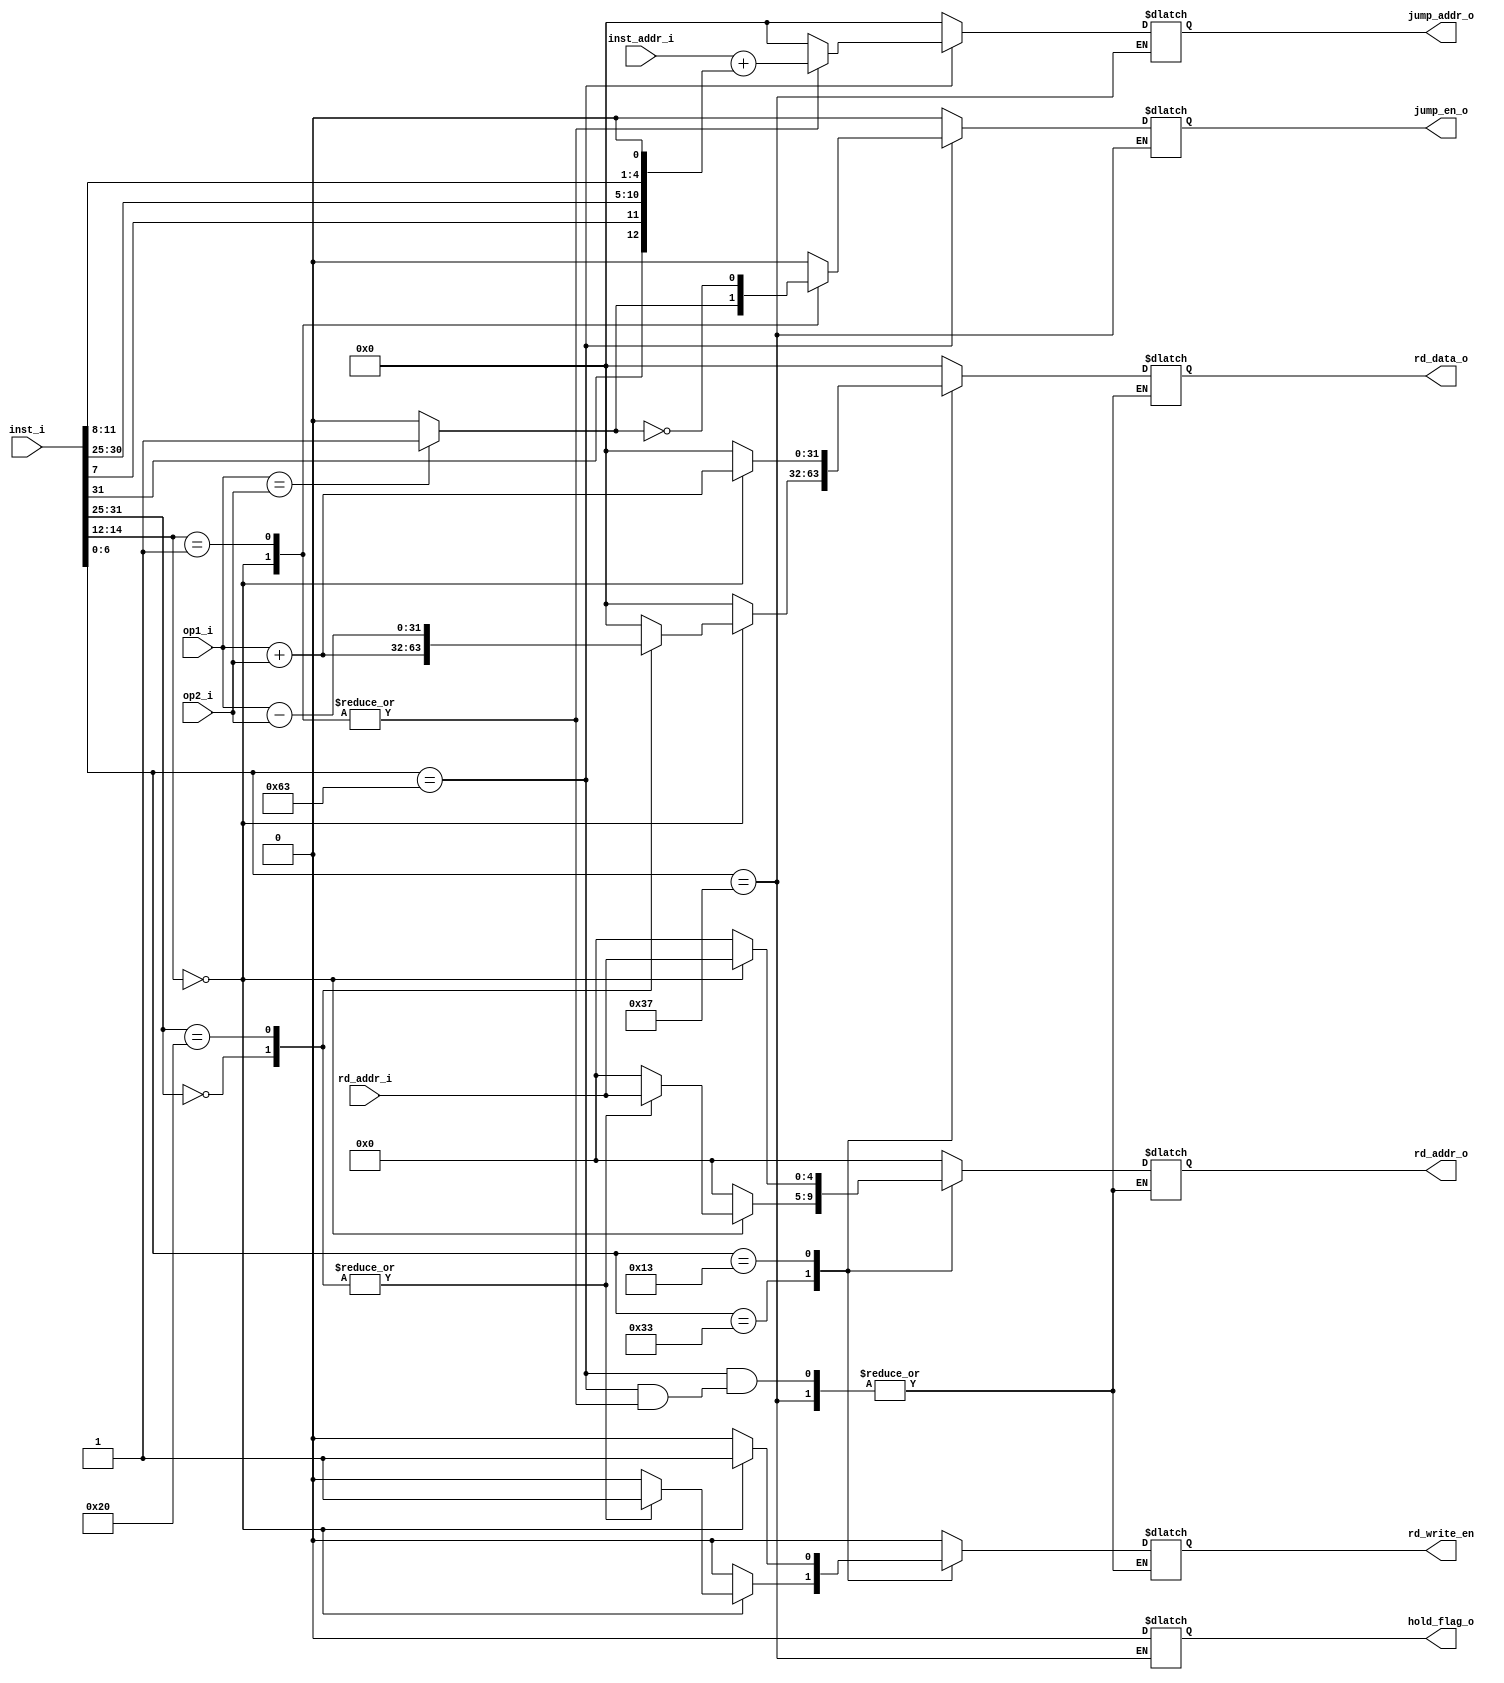
module ex(
input [31:0] inst_i,
input [31:0] inst_addr_i,
input [31:0] op1_i,
input [31:0] op2_i,
input [4:0]  rd_addr_i,
output reg[4:0] rd_addr_o,
output reg[31:0] rd_data_o,
output reg rd_write_en,


output reg[31:0] jump_addr_o,
output reg jump_en_o,
output reg hold_flag_o

);
	wire[6:0] opcode;
	wire[4:0] rd;
	wire [2:0] func3;
	wire [4:0]	rs1;
	wire [4:0]	rs2;
	wire [11:0] imm;
	wire [6:0] func7;
	
	assign opcode= inst_i[6:0];
	assign rd	=inst_i[11:7];
	assign func3 =inst_i[14:12];
	assign rs1	=inst_i[19:15];
	assign rs2=inst_i[24:20];
	assign imm = inst_i[31:20];
	assign func7=inst_i[31:25];
	//Branch
	wire[31:0] jump_imm={20'b0,inst_i[31],inst_i[7],inst_i[30:25],inst_i[11:8],1'b0};
	wire  op1_i_equal_op2_i;
	assign op1_i_equal_op2_i=(op1_i==op2_i)?1'b1:1'b0;
	
	
	always @(*)begin
		case(opcode)
			7'b0110011://R type
				begin
				jump_addr_o=32'b0;
				jump_en_o = 1'b0;
				hold_flag_o=1'b0;
					case(func3)
						3'b000: //ADD SUB
							begin
								case(func7)
									7'b0000000://ADD
										begin
											rd_data_o=op1_i+op2_i;
											rd_addr_o=rd_addr_i;
											rd_write_en=1'b1;
										end
									7'b0100000://SUB
										begin
											rd_data_o=op1_i-op2_i;
											rd_addr_o=rd_addr_i;
											rd_write_en=1'b1;
										end
								default:
									begin
										rd_data_o=0;
										rd_addr_o=0;
										rd_write_en=0;
									end
								endcase
							end
						default:
							begin
								rd_data_o=0;
								rd_addr_o=0;
								rd_write_en=0;
							end
					endcase
				end
			7'b0010011://I type
				begin
				jump_addr_o=32'b0;
				jump_en_o = 1'b0;
				hold_flag_o=1'b0;
					case(func3)
						3'b000: //ADDI
							begin
								rd_data_o=op1_i+op2_i;
								rd_addr_o=rd_addr_i;
								rd_write_en=1'b1;
							end
						default:
							begin
								rd_data_o=0;
								rd_addr_o=0;
								rd_write_en=0;
							end
					endcase
				end
			7'b1100011://B type
				begin
					case(func3)
						3'b000://BEQ
							begin
								jump_addr_o=inst_addr_i+jump_imm;
								jump_en_o  = op1_i_equal_op2_i;
								hold_flag_o=0;
							end
						3'b001://BNE
							begin
								jump_addr_o=inst_addr_i+jump_imm;
								jump_en_o  = ~op1_i_equal_op2_i;
								hold_flag_o=0;
							end
						
						default:
							begin
								rd_data_o=0;
								rd_addr_o=0;
								rd_write_en=0;
								jump_addr_o=0;
								jump_en_o=0;
								hold_flag_o=0;
							end
					endcase
				end
			7'b0110111://U type
				begin
					case(func3)
						3'b000:
							begin
							end
						default:
							begin
							end
					endcase
				end
			default:
				begin
					rd_data_o=0;
					rd_addr_o=0;
					rd_write_en=0;
					jump_addr_o=0;
					jump_en_o=0;
					hold_flag_o=0;
				end
				
		endcase
	end


endmodule